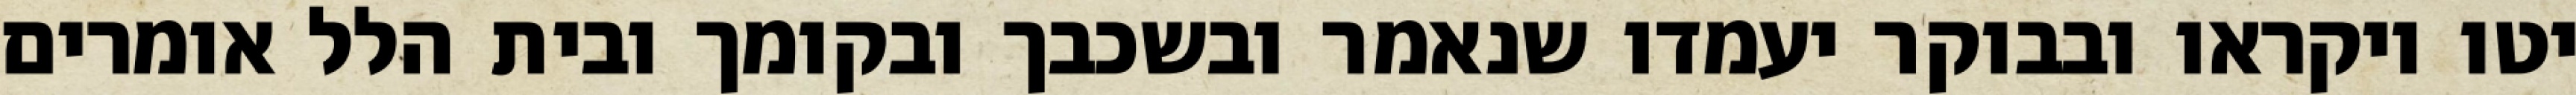
יטו ויקראו ובבוקר יעמדו שנאמר ובשכבך ובקומך ובית הלל אומרים